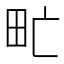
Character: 甿